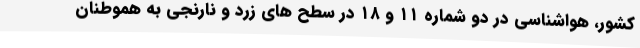
کشور، هواشناسی در دو شماره ۱۱ و ۱۸ در سطح های زرد و نارنجی به هموطنان